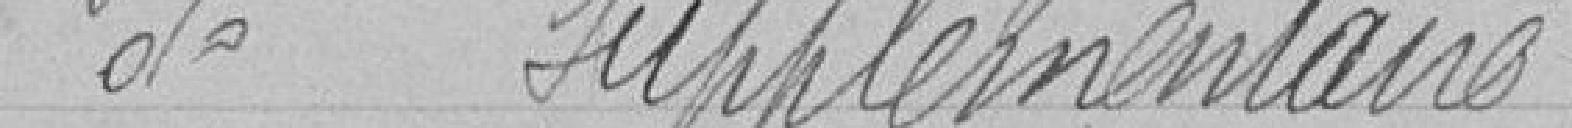
Budget supplémentaire